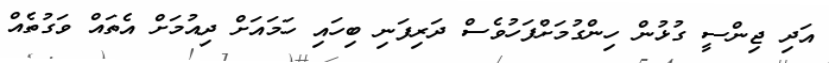
އަދި ޖިންސީ ގުޅުން ހިންގުމަށްފަހުވެސް ދަރިފަނި ބިހައި ހަމައަށް ދިއުމަށް އެތައް ވަގުތެއް